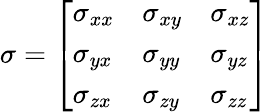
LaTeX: \sigma=\left[\begin{array}{lll}{\sigma_{xx}}&{\sigma_{xy}}&{\sigma_{xz}}\\ {\sigma_{yx}}&{\sigma_{yy}}&{\sigma_{yz}}\\ {\sigma_{zx}}&{\sigma_{zy}}&{\sigma_{zz}}\end{array}\right]